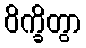
ဝိက္ခိတွာ